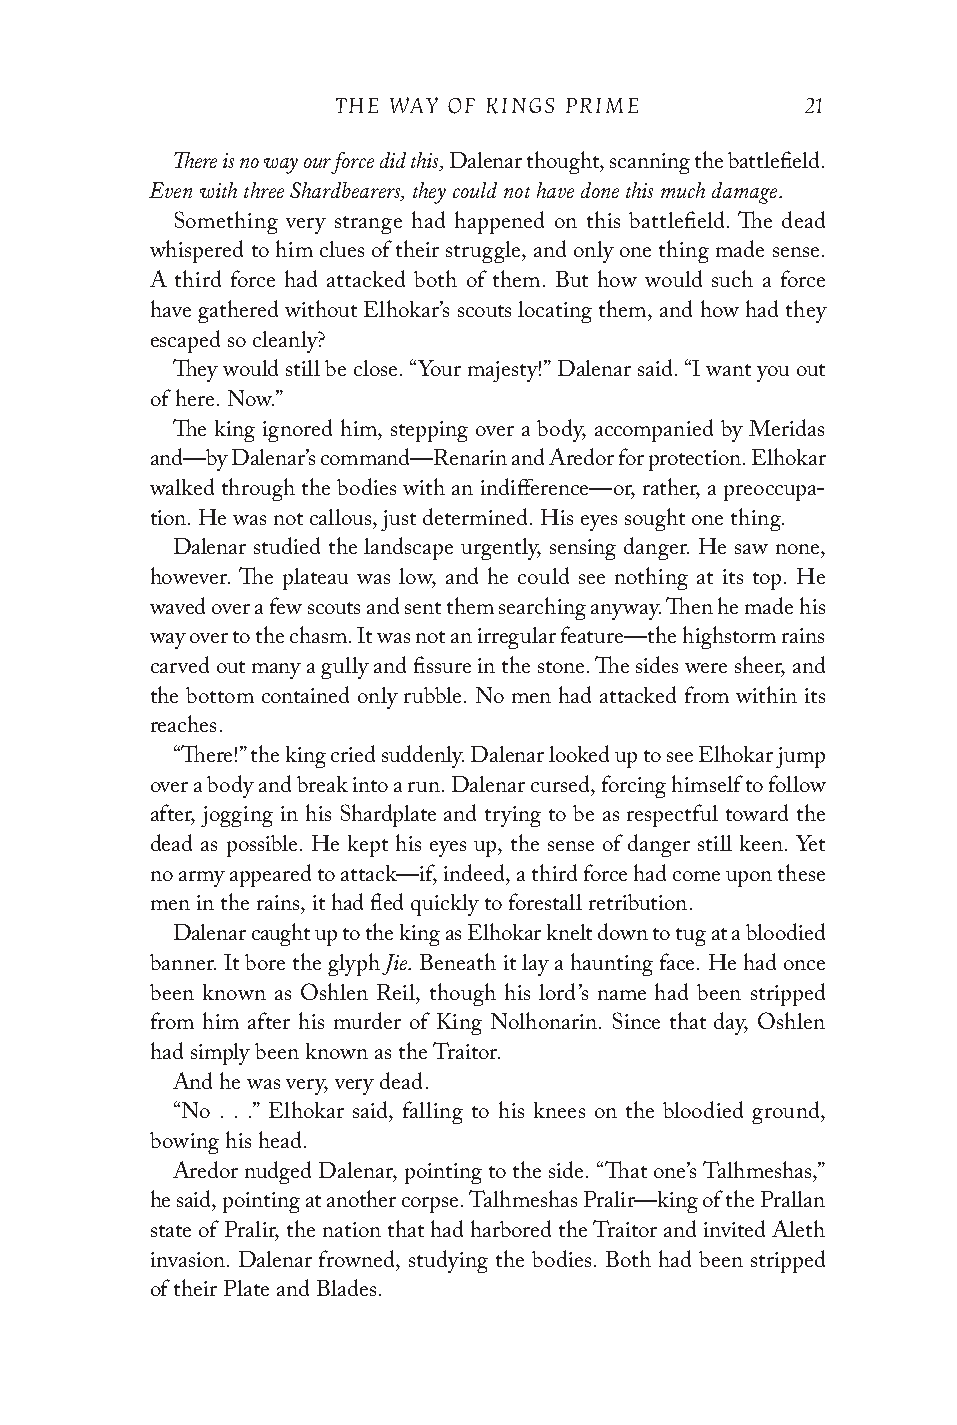
THE WAY OF KINGS PRIME         21
 There is no way our force did this,
 Dalenar thought, scanning the battlefield.
 Even with three Shardbearers, they could not have done this much damage.
 Something very strange had happened on this battlefield. The dead
 whispered to him clues of their struggle, and only one thing made sense.
 A third force had attacked both of them. But how would such a force
 have gathered without Elhokar’s scouts locating them, and how had they
 escaped so cleanly?
 They would still be close. “Your majesty!” Dalenar said. “I want you out
 of here. Now.”
 The king ignored him, stepping over a body, accompanied by Meridas
 and—by Dalenar’s command—Renarin and Aredor for protection. Elhokar
 walked through the bodies with an indifference—or, rather, a preoccupa-
 tion. He was not callous, just determined. His eyes sought one thing.
 Dalenar studied the landscape urgently, sensing danger. He saw none,
 however. The plateau was low, and he could see nothing at its top. He
 waved over a few scouts and sent them searching anyway. Then he made his
 way over to the chasm. It was not an irregular feature—the highstorm rains
 carved out many a gully and fissure in the stone. The sides were sheer, and
 the bottom contained only rubble. No men had attacked from within its
 reaches.
 “There!” the king cried suddenly. Dalenar looked up to see Elhokar jump
 over a body and break into a run. Dalenar cursed, forcing himself to follow
 after, jogging in his Shardplate and trying to be as respectful toward the
 dead as possible. He kept his eyes up, the sense of danger still keen. Yet
 no army appeared to attack—if, indeed, a third force had come upon these
 men in the rains, it had fled quickly to forestall retribution.
 Dalenar caught up to the king as Elhokar knelt down to tug at a bloodied
 Jie.
 banner. It bore the glyph Beneath it lay a haunting face. He had once
 been known as Oshlen Reil, though his lord’s name had been stripped
 from him after his murder of King Nolhonarin. Since that day, Oshlen
 had simply been known as the Traitor.
 And he was very, very dead.
 “No . . .” Elhokar said, falling to his knees on the bloodied ground,
 bowing his head.
 Aredor nudged Dalenar, pointing to the side. “That one’s Talhmeshas,”
 he said, pointing at another corpse. Talhmeshas Pralir—king of the Prallan
 state of Pralir, the nation that had harbored the Traitor and invited Aleth
 invasion. Dalenar frowned, studying the bodies. Both had been stripped
 of their Plate and Blades.